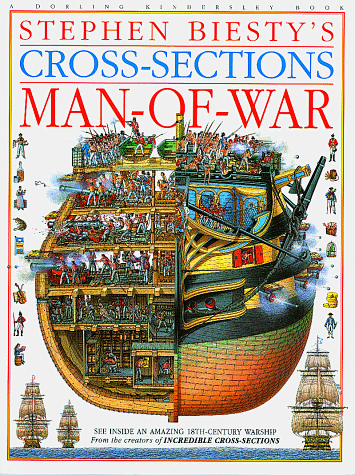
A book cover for Stephen Biesty's Cross-Sections: Man-Of-War; Richard Platt; Children's Books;